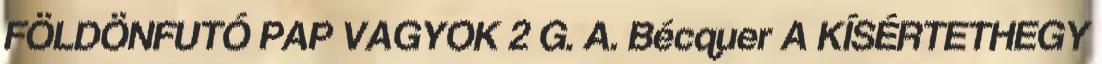
FÖLDÖNFUTÓ PAP VAGYOK 2 G. A. Bécquer A KÍSÉRTETHEGY